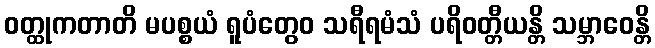
ဝတ္ထုကတာတိ မပစ္စယံ ရူပံတွေဝ သရီရမံသံ ပရိဝတ္တီယန္တိ သမ္ဘာဝေန္တိ